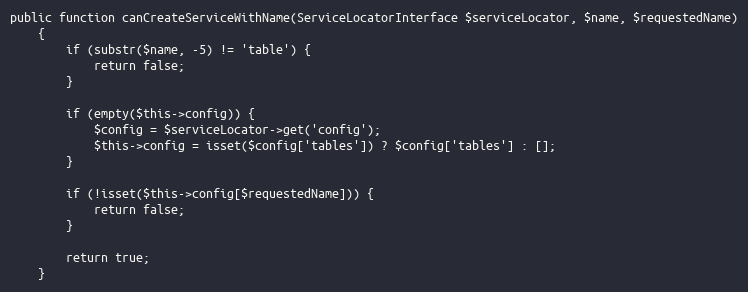
Language: PHP
public function canCreateServiceWithName(ServiceLocatorInterface $serviceLocator, $name, $requestedName)
    {
        if (substr($name, -5) != 'table') {
            return false;
        }

        if (empty($this->config)) {
            $config = $serviceLocator->get('config');
            $this->config = isset($config['tables']) ? $config['tables'] : [];
        }

        if (!isset($this->config[$requestedName])) {
            return false;
        }

        return true;
    }